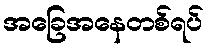
အခြေအနေတစ်ရပ်